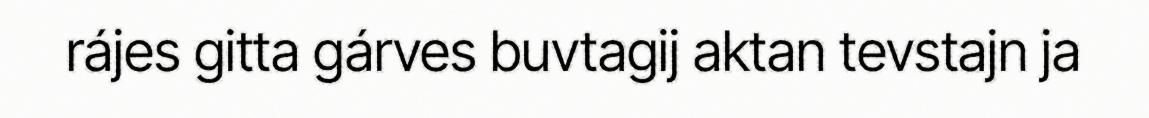
rájes gitta gárves buvtagij aktan tevstajn ja